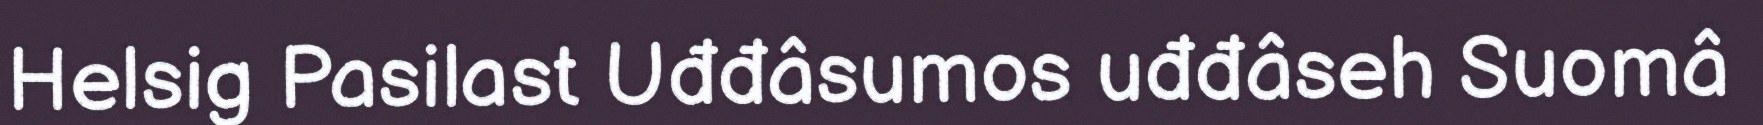
Helsig Pasilast Uđđâsumos uđđâseh Suomâ